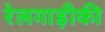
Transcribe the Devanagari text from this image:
रेलगाड़ीकी